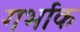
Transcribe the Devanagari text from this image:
गर्भाक